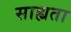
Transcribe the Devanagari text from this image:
साह्यता